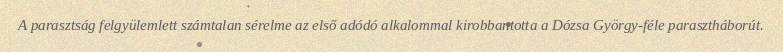
A parasztság felgyülemlett számtalan sérelme az első adódó alkalommal kirobbantotta a Dózsa György-féle parasztháborút.